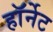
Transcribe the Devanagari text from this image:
हाॅर्नेट